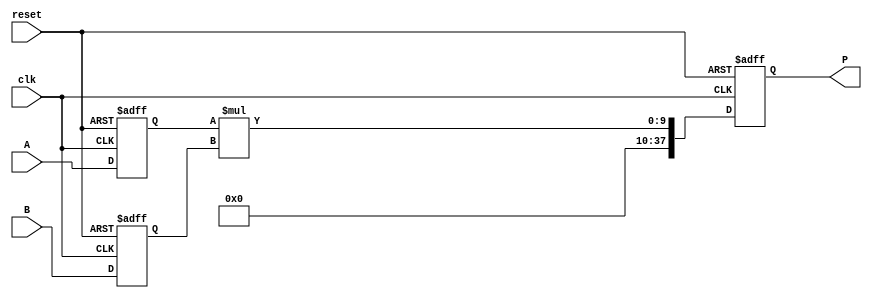
module dsp_mult_5x5_inf_dsp19x2 (clk, reset, A, B, P);
	input clk, reset;
	input  [4:0] A;
	input  [4:0] B;
	output reg  [37:0] P;
	reg  [4:0] i1;
	reg  [4:0] i2;
	reg  [31:0] mul;
	always @(posedge clk, negedge reset) begin
		if(reset == 0) begin
			i1 <= 0;
			i2 <= 0;
		end
		else begin
			i1 <= A;
			i2 <= B;
		end
	end
	always @(posedge clk, negedge reset) begin
		if (reset == 0)
			P <= 0;
		else
			P<= mul;
	end

	always @ (*)  begin
		mul  = i1 * i2;
	end
endmodule